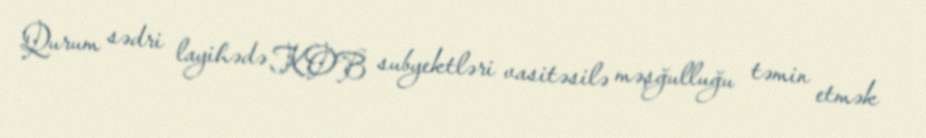
Qurum sədri layihədə KOB subyektləri vasitəsilə məşğulluğu təmin etmək